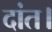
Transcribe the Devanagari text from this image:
दांत।